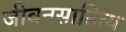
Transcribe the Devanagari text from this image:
जीवनसाहित्य